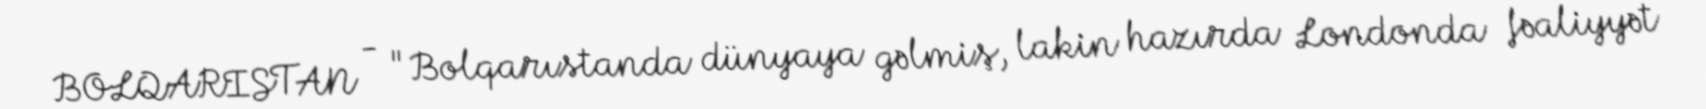
BOLQARISTAN - "Bolqarıstanda dünyaya gəlmiş, lakin hazırda Londonda fəaliyyət